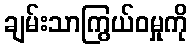
ချမ်းသာကြွယ်ဝမှုကို